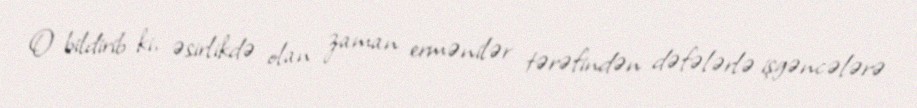
O bildirib ki, əsirlikdə olan zaman ermənilər tərəfindən dəfələrlə işgəncələrə